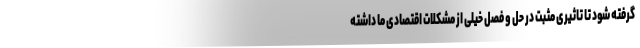
گرفته شود تا تاثیری مثبت در حل و فصل خیلی از مشکلات اقتصادی ما داشته